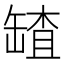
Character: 𦉆